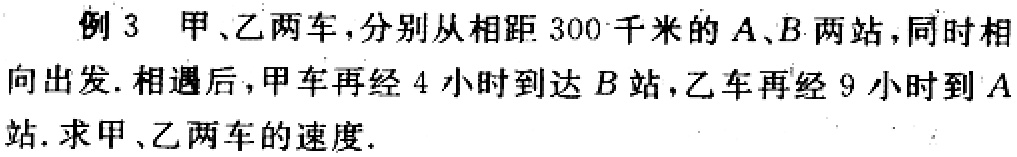
例 3 甲、乙两车，分别从相距 300 千米的 \(A、B\) 两站，同时相向出发. 相遇后，甲车再经 4 小时到达 \(B\) 站，乙车再经 9 小时到 \(A\) 站. 求甲、乙两车的速度.